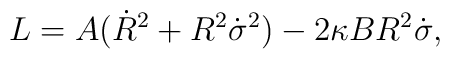
L = A( \dot R ^2 + R^2 \dot\sigma ^2 ) - 2\kappa B R^2 \dot\sigma,